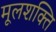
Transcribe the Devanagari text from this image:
मूलशक्ति